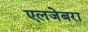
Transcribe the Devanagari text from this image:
एलजेबरा